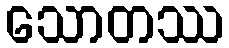
သောတဿ